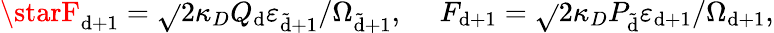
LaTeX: \starF_{\mathrm{d}+1}=\sqrt{}{{2}}\kappa_{D}Q_{\mathrm{d}}\varepsilon_{\tilde{{\mathrm{d}}}+1}/\Omega_{\tilde{{\mathrm{d}}}+1},\ \ \ \ \ F_{\mathrm{d}+1}=\sqrt{}{{2}}\kappa_{D}P_{\tilde{{\mathrm{d}}}}\varepsilon_{\mathrm{d}+1}/\Omega_{\mathrm{d}+1},